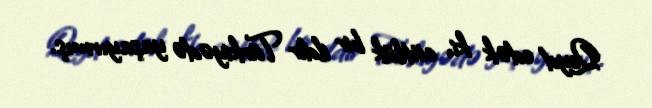
Qeyd edək ki, cütlük bir ildir Türkiyədə yaşayırmış.